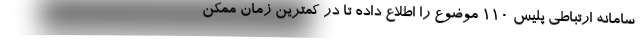
سامانه ارتباطی پلیس ۱۱۰ موضوع را اطلاع داده تا در کمترین زمان ممکن